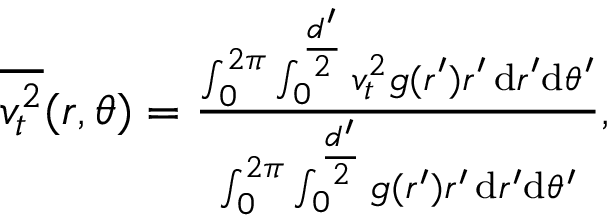
\begin{array} { r } { \overline { { v _ { t } ^ { 2 } } } ( r , \theta ) = \frac { \int _ { 0 } ^ { 2 \pi } \int _ { 0 } ^ { \frac { d ^ { \prime } } { 2 } } v _ { t } ^ { 2 } g ( r ^ { \prime } ) r ^ { \prime } \, \mathrm { d } r ^ { \prime } \mathrm { d } \theta ^ { \prime } } { \int _ { 0 } ^ { 2 \pi } \int _ { 0 } ^ { \frac { d ^ { \prime } } { 2 } } g ( r ^ { \prime } ) r ^ { \prime } \, \mathrm { d } r ^ { \prime } \mathrm { d } \theta ^ { \prime } } , } \end{array}